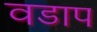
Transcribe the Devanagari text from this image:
वडाप